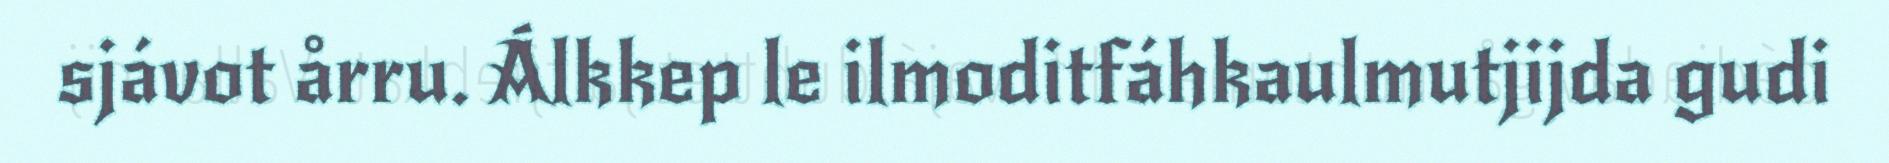
sjávot årru. Álkkep le ilmoditfáhkaulmutjijda gudi